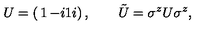
U = \left( \begin{matrix} { 1 } & { - i } \\ { 1 } & { i } \\ \end{matrix} \right) , \qquad \tilde { U } = \sigma ^ { z } U \sigma ^ { z } ,